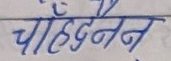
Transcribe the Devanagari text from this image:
चाँदतन